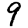
Digit: 9